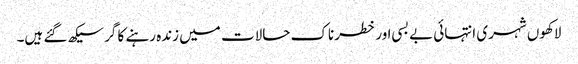
لاکھوں شہری انتہائی بے بسی اور خطرناک حالات میں زندہ رہنے کا گر سیکھ گئے ہیں۔